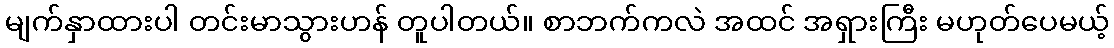
မျက်နှာထားပါ တင်းမာသွားဟန် တူပါတယ်။ စာဘက်ကလဲ အထင် အရှားကြီး မဟုတ်ပေမယ့်